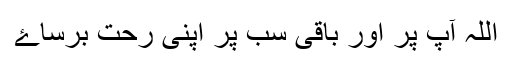
اللہ آپ پر اور باقی سب پر اپنی رحت برساۓ